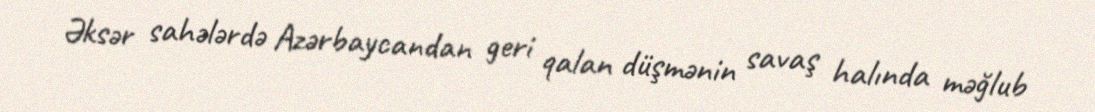
Əksər sahələrdə Azərbaycandan geri qalan düşmənin savaş halında məğlub